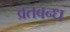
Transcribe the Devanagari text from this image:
व्रतबन्ध